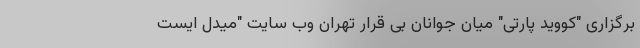
برگزاری "کووید پارتی" میان جوانان بی قرار تهران وب سایت "میدل ایست